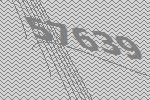
57639